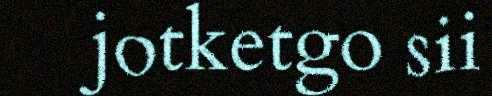
jotketgo sii